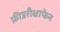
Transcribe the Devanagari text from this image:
फ्रीडरीक्षाफेन